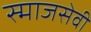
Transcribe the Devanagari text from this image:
स्माजसेवी